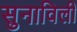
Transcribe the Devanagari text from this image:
सुनाविली